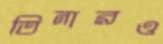
তিনারও